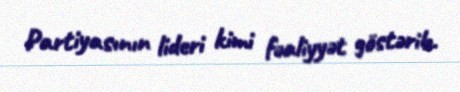
Partiyasının lideri kimi fəaliyyət göstərib.